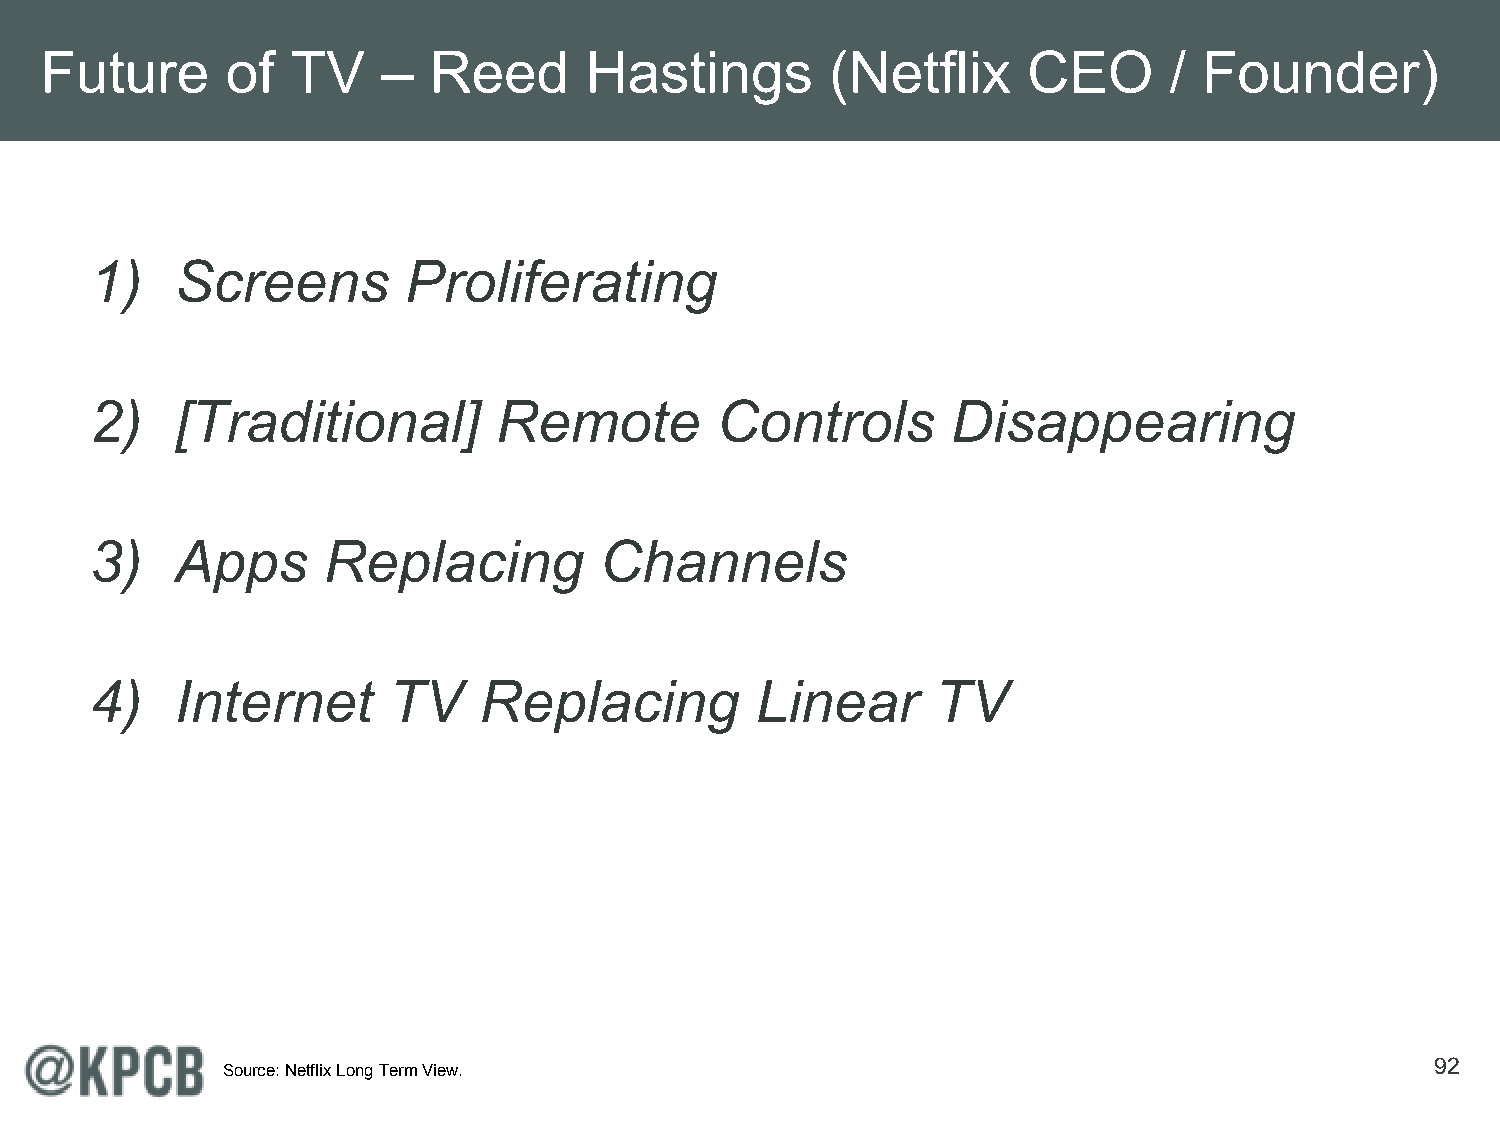
Future      of  TV    –  Reed       Hastings        (Netflix     CEO      /  Founder)
 1)    Screens        Proliferating
 2)    [Traditional]        Remote        Controls        Disappearing
 3)    Apps     Replacing          Channels
 4)    Internet      TV    Replacing         Linear      TV
 92
 Source: Netflix Long Term View.